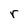
Character: r